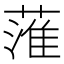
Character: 𦹏